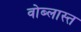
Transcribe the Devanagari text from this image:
वोब्लास्त